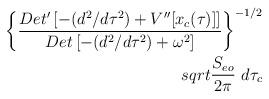
LaTeX: \begin{align*}\left\{{{Det^{\prime} \left[- (d^2/d\tau^2) + V^{\prime \prime}[x_c(\tau)] \right]} \over{Det \left[- (d^2/d\tau^2) + \omega^2 \right]}}\right\}^{- 1/2} \\sqrt{{{S_{eo}} \over {2 \pi}}} \ d\tau_{c}\end{align*}